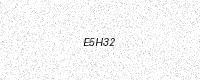
Text: E5H32